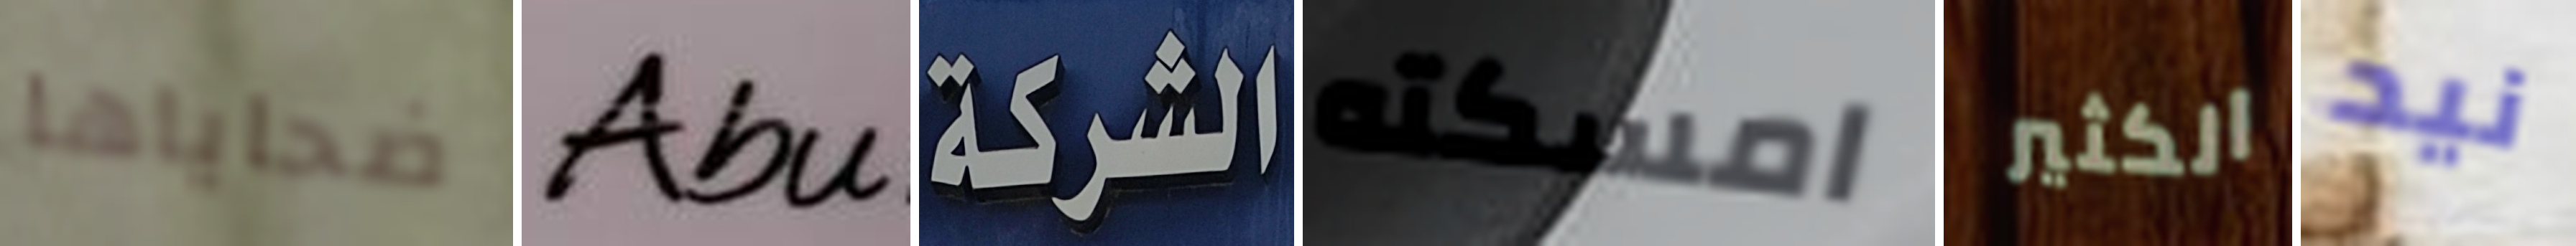
ضحاياها Abu الشركة امسكته الكثير نيد